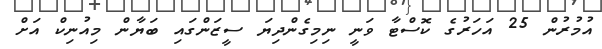
އުމުރުން 25 އަހަރުގެ ކޮސްޓާ ވަނީ ނިމިގެންދިޔަ ސީޒަންގައި ބަޔާން މިއުނިކް އަށް